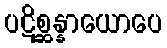
ပဋိစ္ဆန္နာယောပေ